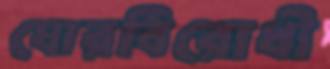
ঘোরবিরোধী